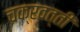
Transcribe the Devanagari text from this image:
चक्रवत्तीं